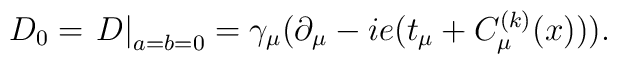
D_0=\left.D\right|_{a=b=0}=\gamma_\mu(\partial_\mu-ie(t_\mu+C_\mu^{(k)}(x))).